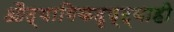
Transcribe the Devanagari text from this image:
औद्यागिकदृष्ट्याही